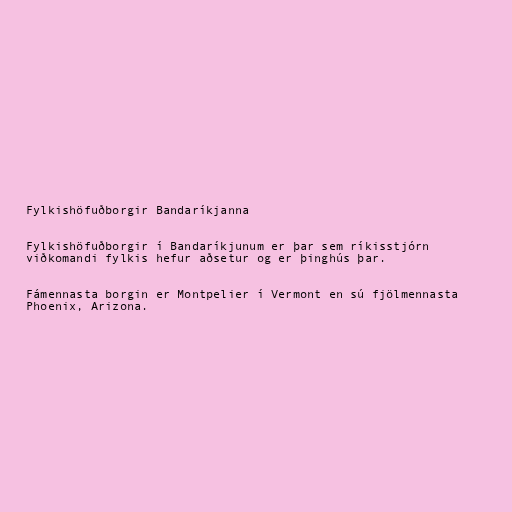
Fylkishöfuðborgir Bandaríkjanna

Fylkishöfuðborgir í Bandaríkjunum er þar sem ríkisstjórn
viðkomandi fylkis hefur aðsetur og er þinghús þar.

Fámennasta borgin er Montpelier í Vermont en sú fjölmennasta
Phoenix, Arizona.